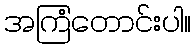
အကြံတောင်းပါ။